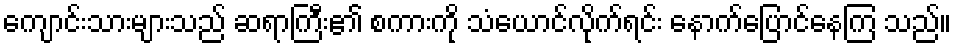
ကျောင်းသားများသည် ဆရာကြီး၏ စကားကို သံယောင်လိုက်ရင်း နောက်ပြောင်နေကြ သည်။